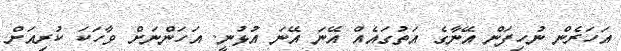
އަހަރެން ނުހިފަން އޭނާގެ އަތުގައެއް އޭނަ އޭނަ އުޅުނީ. އަހަންނަށް ވާހަކަ ކުރިއަށް